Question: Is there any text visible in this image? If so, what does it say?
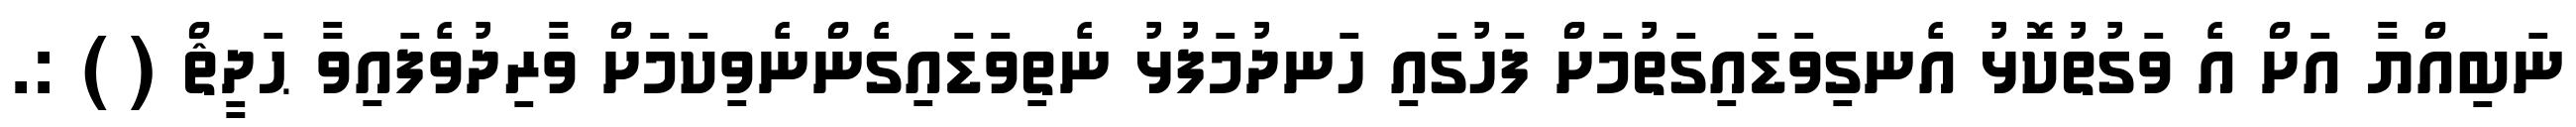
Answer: ނަބިއްޔާ އަށް އެ ވަގުތުކޮޅު އެނގިވަޑައިގަތުމަށް ފަހުގައި ހަނދުމަފުޅު ނެތިވަޑައިގެންނެވިކަމަށް ވާރިދުވެފައިވާ ޙަދީޘް ( ) :.